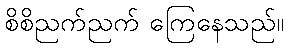
စိစိညက်ညက် ကြေနေသည်။